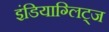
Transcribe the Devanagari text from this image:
इंडियाग्लिट्ज